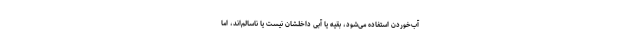
آب‌خوردن استفاده می‌شود، بقیه یا آبی داخلشان نیست یا ناسالم‌اند، اما